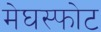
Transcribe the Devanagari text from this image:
मेघस्फोट